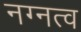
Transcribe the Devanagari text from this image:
नग्नत्व